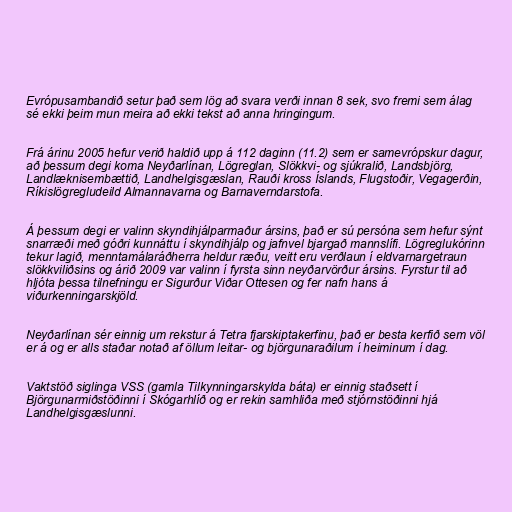
Evrópusambandið setur það sem lög að svara verði innan 8 sek, svo fremi sem álag
sé ekki þeim mun meira að ekki tekst að anna hringingum.

Frá árinu 2005 hefur verið haldið upp á 112 daginn (11.2) sem er samevrópskur dagur,
að þessum degi koma Neyðarlínan, Lögreglan, Slökkvi- og sjúkralið, Landsbjörg,
Landlæknisembættið, Landhelgisgæslan, Rauði kross Íslands, Flugstoðir, Vegagerðin,
Ríkislögregludeild Almannavarna og Barnaverndarstofa.

Á þessum degi er valinn skyndihjálparmaður ársins, það er sú persóna sem hefur sýnt
snarræði með góðri kunnáttu í skyndihjálp og jafnvel bjargað mannslífi. Lögreglukórinn
tekur lagið, menntamálaráðherra heldur ræðu, veitt eru verðlaun í eldvarnargetraun
slökkviliðsins og árið 2009 var valinn í fyrsta sinn neyðarvörður ársins. Fyrstur til að
hljóta þessa tilnefningu er Sigurður Viðar Ottesen og fer nafn hans á
viðurkenningarskjöld.

Neyðarlínan sér einnig um rekstur á Tetra fjarskiptakerfinu, það er besta kerfið sem völ
er á og er alls staðar notað af öllum leitar- og björgunaraðilum í heiminum í dag.

Vaktstöð siglinga VSS (gamla Tilkynningarskylda báta) er einnig staðsett í
Björgunarmiðstöðinni í Skógarhlíð og er rekin samhliða með stjórnstöðinni hjá
Landhelgisgæslunni.